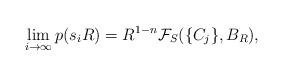
LaTeX: \begin{align*} \lim_{i\rightarrow\infty} p(s_iR) = R^{1-n}\mathcal{F}_S(\{C_j\},B_R),\end{align*}